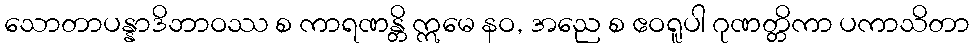
သောတာပန္နာဒိဘာဝဿ စ ကာရဏန္တိ ဣမေ နဝ, အညေ စ ဧဝရူပါ ဂုဏတ္တိကာ ပကာသိတာ